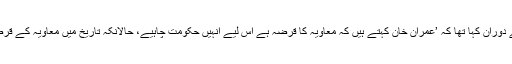
شہلا رضا نے پروگرام کے دوران کہا تھا کہ ’عمران خان کہتے ہیں کہ معاویہ کا قرضہ ہے اس لیے انہیں حکومت چاہیے، حالانکہ تاریخ میں معاویہ کے قرضے کا کوئی ذکر نہیں ہے۔